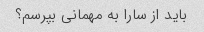
باید از سارا به مهمانی بپرسم؟